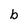
Character: b